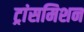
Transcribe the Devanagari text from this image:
ट्रांसमिशन